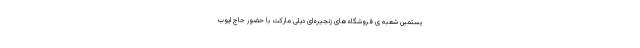
یستمین شعبه­ ی فروشگاه‌های زنجیره‌ای دیلی مارکت با حضور حاج ایوب